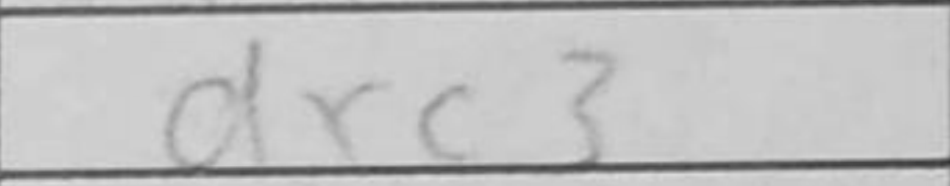
Transcription: dxc3